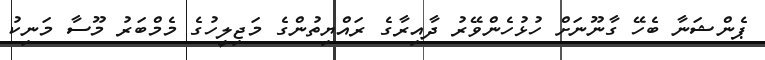
ޕެންޝަނާ ބެހޭ ގާނޫނަށް ހުޅުހެންވޭރު ދާއިރާގެ ރައްޔިތުންގެ މަޖިލީހުގެ މެމްބަރު މޫސާ މަނިކު